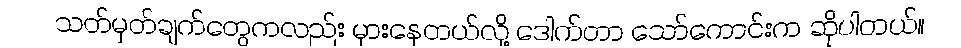
သတ်မှတ်ချက်တွေကလည်း မှားနေတယ်လို့ ဒေါက်တာ သော်ကောင်းက ဆိုပါတယ်။